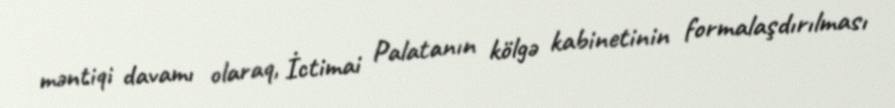
məntiqi davamı olaraq, İctimai Palatanın kölgə kabinetinin formalaşdırılması